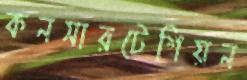
কনসারটেশিয়ন